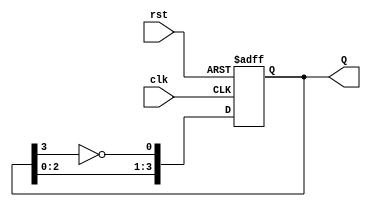
module JohnsonCounter #(parameter N = 4) (
    input wire clk,       // Clock input
    input wire rst,       // Asynchronous reset
    output reg [N-1:0] Q // Output state of the counter
);

    // Internal signal for the feedback from the last flip-flop
    wire feedback;

    // Assign feedback as the inverted output of the last flip-flop
    assign feedback = ~Q[N-1];

    always @(posedge clk or posedge rst) begin
        if (rst) begin
            // Asynchronous reset to zero
            Q <= 0;
        end else begin
            // Shift the state with feedback
            Q <= {Q[N-2:0], feedback};
        end
    end

endmodule